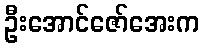
ဦးအောင်ဇော်အေးက